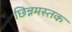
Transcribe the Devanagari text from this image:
छिन्नमस्तक